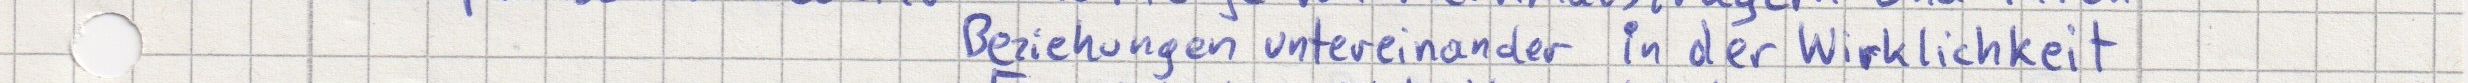
Beziehungen untereinander in der Wirklichkeit